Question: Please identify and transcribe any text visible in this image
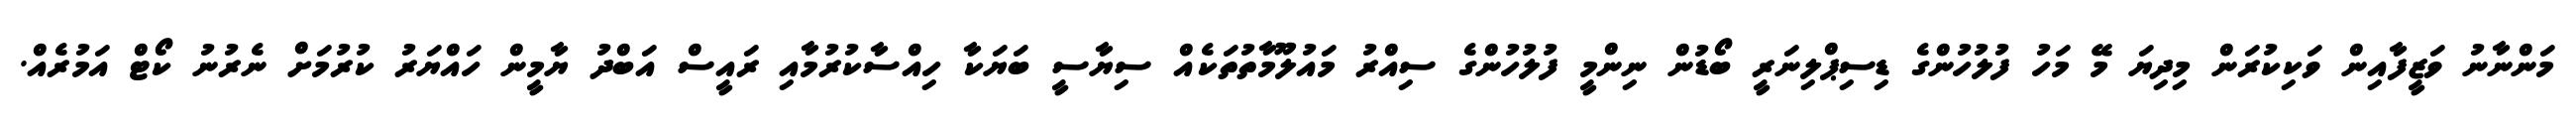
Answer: މަންނާނު ވަޒީފާއިން ވަކިކުރަން މިދިޔަ މޭ މަހު ފުލުހުންގެ ޑިސިޕްލިނަރީ ބޯޑުން ނިންމީ ފުލުހުންގެ ސިއްރު މައުލޫމާތުތަކެއް ސިޔާސީ ބަޔަކާ ހިއްސާކުރުމާއި ރައީސް އަބްދު ޔާމީން ހައްޔަރު ކުރުމަށް ނެރުނު ކޯޓް އަމުރެއް.